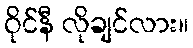
ဝိုင်နီ လိုချင်လား။